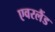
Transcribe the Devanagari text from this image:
एवरलैंड